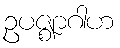
ဥပဇ္ဈာဂါဟ